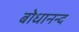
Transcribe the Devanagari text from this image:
बोधानन्द